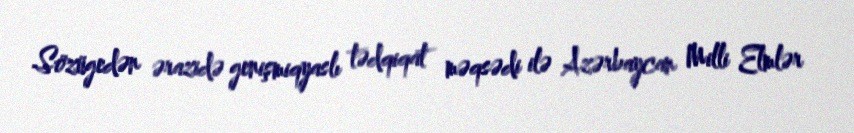
Sözügedən ərazidə genişmiqyaslı tədqiqat məqsədi ilə Azərbaycan Milli Elmlər